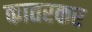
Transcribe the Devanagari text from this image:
कातरकर